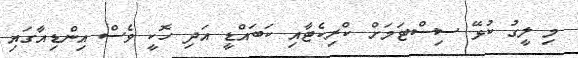
މި ލީގު ކުޅޭ ސިސްޓަމަށް ކްރިކެޓާއި ކަބައްޑީ އަދި ހޮކީ ވެސް އިންޑިއާގައި